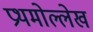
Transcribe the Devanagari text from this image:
प्रथमोल्लेख